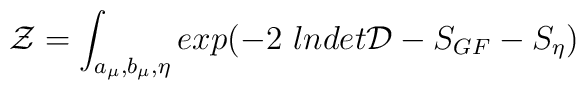
{\cal Z}= \int_{a_\mu, b_\mu ,\eta}exp (-2~lndet{\cal D}-S_{GF}-S_\eta)